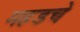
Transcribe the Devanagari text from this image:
महडचे